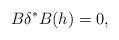
LaTeX: \begin{align*}B\delta^{\ast}B(h)=0,\end{align*}